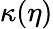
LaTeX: \kappa(\eta)